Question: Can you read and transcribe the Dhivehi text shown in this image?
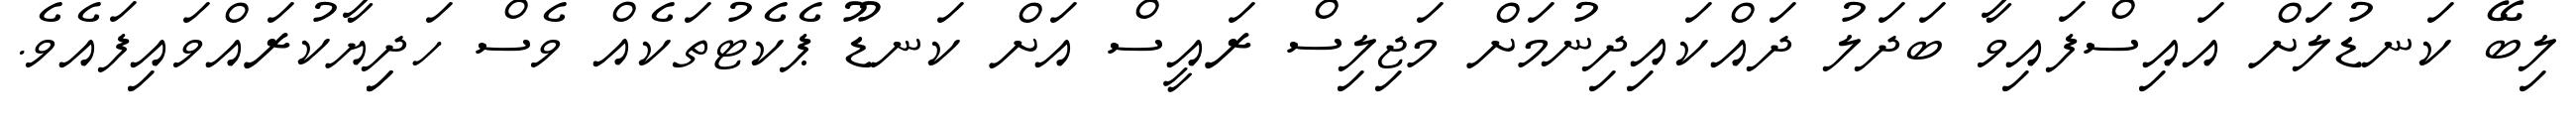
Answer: ލިބޭ ކަނޑުލަށް އައިސްފައިވާ ބަދަލު ދައްކައިދިނުމަށް މަޖިލިސް ރައީސް އަށް ކަނޑޫ ޕެކެޓުތަކެއް ވެސް ހަދިިޔާކުރައްވައިފައެވެ.